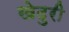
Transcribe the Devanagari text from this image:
खेदुरी